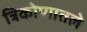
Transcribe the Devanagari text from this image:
त्रिकोणातले